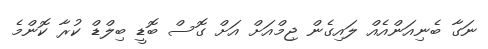
ނަގާ ބެނިއަންއެއް ލައިގެން ޖިމްއަށް އަށް ގޮސް ބޮޑީ ބިލްޑް ކުރާ ކޮންމެ